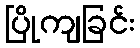
ပြိုကျခြင်း